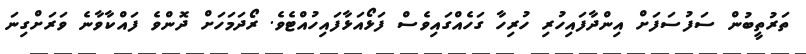
ތަރުތީބުން ސަފުސަފަށް އިންދާފައިހުރި ހުރިހާ ގަހެއްގައިވެސް ފަޅޯއަޅާފައިހުއްޓެވެ. ރޯދަމަހަށް ދޮންވެ ފައްކާވާނެ ވަރަށްގިނަ